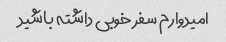
امیدوارم سفر خوبی داشته باشید